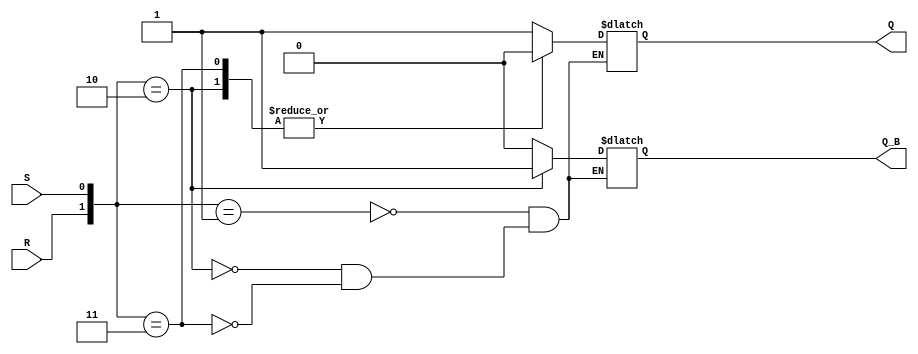
/* RSFF */

module RSFF ( R, S, Q, Q_B);
input  R, S;
output Q, Q_B;
reg    Q, Q_B;  /* reg ; reg reg Q , Q_Bwire,assign Q
                   QQ_B,'0',reg*/
       always @( R or S ) 
	   /*always R or S, RS 
	     posedge R or posedge S RS()
		 
		 negedge R or negedge S RS()*/
	   
	   case ({ R , S }) /*alwayscase{}RS */
	        1:begin Q <= 1; Q_B <= 0; end //case item'0'R='0',S='0'QQ_B
			2:begin Q <= 0; Q_B <= 1; end
			3:begin Q <= 0; Q_B <= 0; end
	   endcase
endmodule